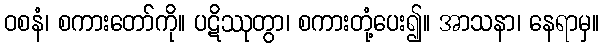
ဝစနံ၊ စကားတော်ကို။ ပဋိဿုတွာ၊ စကားတုံ့ပေး၍။ အာသနာ၊ နေရာမှ။